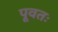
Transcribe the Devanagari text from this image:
पूवतः